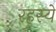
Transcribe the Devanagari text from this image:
रहस्यें